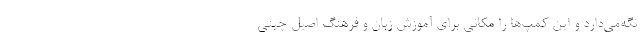
نگه‌می‌دارد و این کمپ‌ها را مکانی برای آموزش زبان و فرهنگ اصیل چینی